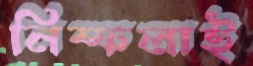
নিষ্ফলাই